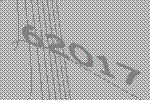
62017